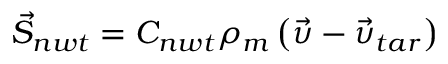
\vec { S } _ { n w t } = C _ { n w t } \rho _ { m } \left( \vec { \upsilon } - \vec { \upsilon } _ { t a r } \right)